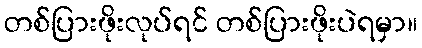
တစ်ပြားဖိုးလုပ်ရင် တစ်ပြားဖိုးပဲရမှာ။